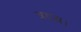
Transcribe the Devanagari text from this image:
त्रयस्र।